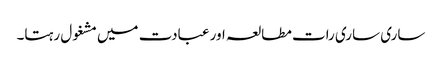
ساری ساری رات مطالعہ اور عبادت میں مشغول رہتا۔